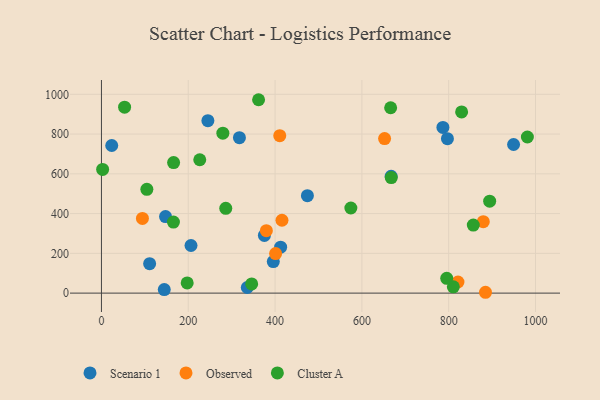
{"axis": {"x": "Study Hours", "y": "Fuel Efficiency"}, "legend": ["Cluster A", "Observed", "Scenario 1"], "data": [{"x": "317.9", "y": 782.0, "type": "Scenario 1"}, {"x": "206.3", "y": 239.4, "type": "Scenario 1"}, {"x": "474.5", "y": 490.0, "type": "Scenario 1"}, {"x": "147.6", "y": 385.2, "type": "Scenario 1"}, {"x": "949.5", "y": 747.5, "type": "Scenario 1"}, {"x": "786.7", "y": 833.6, "type": "Scenario 1"}, {"x": "412.8", "y": 231.1, "type": "Scenario 1"}, {"x": "144.7", "y": 17.8, "type": "Scenario 1"}, {"x": "336.0", "y": 28.1, "type": "Scenario 1"}, {"x": "797.1", "y": 776.9, "type": "Scenario 1"}, {"x": "111.0", "y": 148.1, "type": "Scenario 1"}, {"x": "395.9", "y": 158.4, "type": "Scenario 1"}, {"x": "245.2", "y": 867.2, "type": "Scenario 1"}, {"x": "23.7", "y": 742.4, "type": "Scenario 1"}, {"x": "375.4", "y": 289.9, "type": "Scenario 1"}, {"x": "667.4", "y": 587.5, "type": "Scenario 1"}, {"x": "821.4", "y": 56.0, "type": "Observed"}, {"x": "652.3", "y": 777.3, "type": "Observed"}, {"x": "401.2", "y": 198.9, "type": "Observed"}, {"x": "379.9", "y": 314.1, "type": "Observed"}, {"x": "410.8", "y": 792.1, "type": "Observed"}, {"x": "415.9", "y": 366.4, "type": "Observed"}, {"x": "884.8", "y": 4.2, "type": "Observed"}, {"x": "94.4", "y": 375.6, "type": "Observed"}, {"x": "879.7", "y": 359.1, "type": "Observed"}, {"x": "810.7", "y": 31.5, "type": "Cluster A"}, {"x": "795.5", "y": 74.5, "type": "Cluster A"}, {"x": "279.7", "y": 804.6, "type": "Cluster A"}, {"x": "166.2", "y": 656.8, "type": "Cluster A"}, {"x": "667.7", "y": 581.3, "type": "Cluster A"}, {"x": "981.3", "y": 785.3, "type": "Cluster A"}, {"x": "894.4", "y": 462.5, "type": "Cluster A"}, {"x": "2.7", "y": 622.0, "type": "Cluster A"}, {"x": "856.7", "y": 342.0, "type": "Cluster A"}, {"x": "226.5", "y": 670.8, "type": "Cluster A"}, {"x": "165.8", "y": 357.4, "type": "Cluster A"}, {"x": "829.8", "y": 911.4, "type": "Cluster A"}, {"x": "197.5", "y": 51.1, "type": "Cluster A"}, {"x": "362.0", "y": 972.7, "type": "Cluster A"}, {"x": "346.1", "y": 46.3, "type": "Cluster A"}, {"x": "574.6", "y": 428.0, "type": "Cluster A"}, {"x": "286.4", "y": 426.7, "type": "Cluster A"}, {"x": "104.6", "y": 522.0, "type": "Cluster A"}, {"x": "53.3", "y": 935.1, "type": "Cluster A"}, {"x": "666.3", "y": 932.3, "type": "Cluster A"}]}